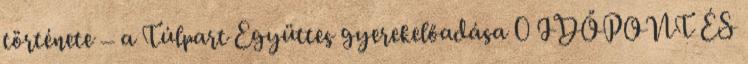
története – a Túlpart Együttes gyerekelőadása 0 IDŐPONT ÉS